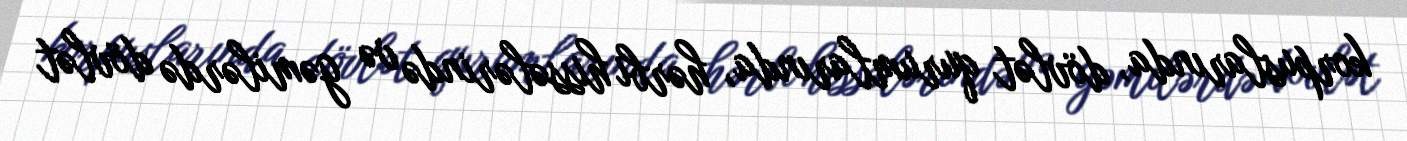
korpuslarında, dövlət qurumlarında, hərbi hissələrində və gəmilərdə dövlət